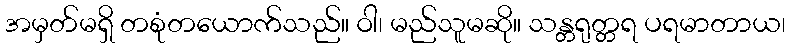
အမှတ်မရှိ တစုံတယောက်သည်။ ဝါ၊ မည်သူမဆို။ သန္တရုတ္တရ ပရမာတာယ၊